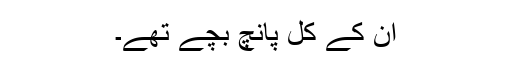
ان کے کل پانچ بچے تھے۔